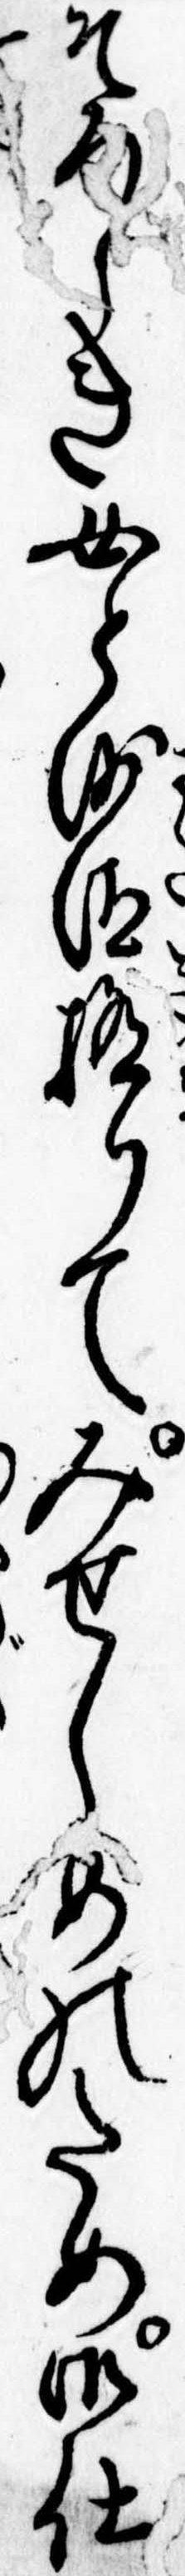
そろしき女と沙汰極りてみせしめのため御仕